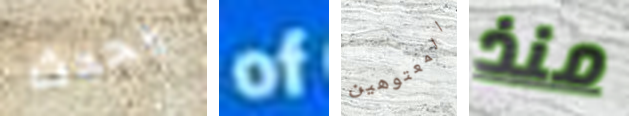
يحدث of المعتوهين منذ